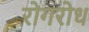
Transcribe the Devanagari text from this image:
रोगरोध